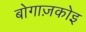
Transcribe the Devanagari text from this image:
बोगाज़कोइ